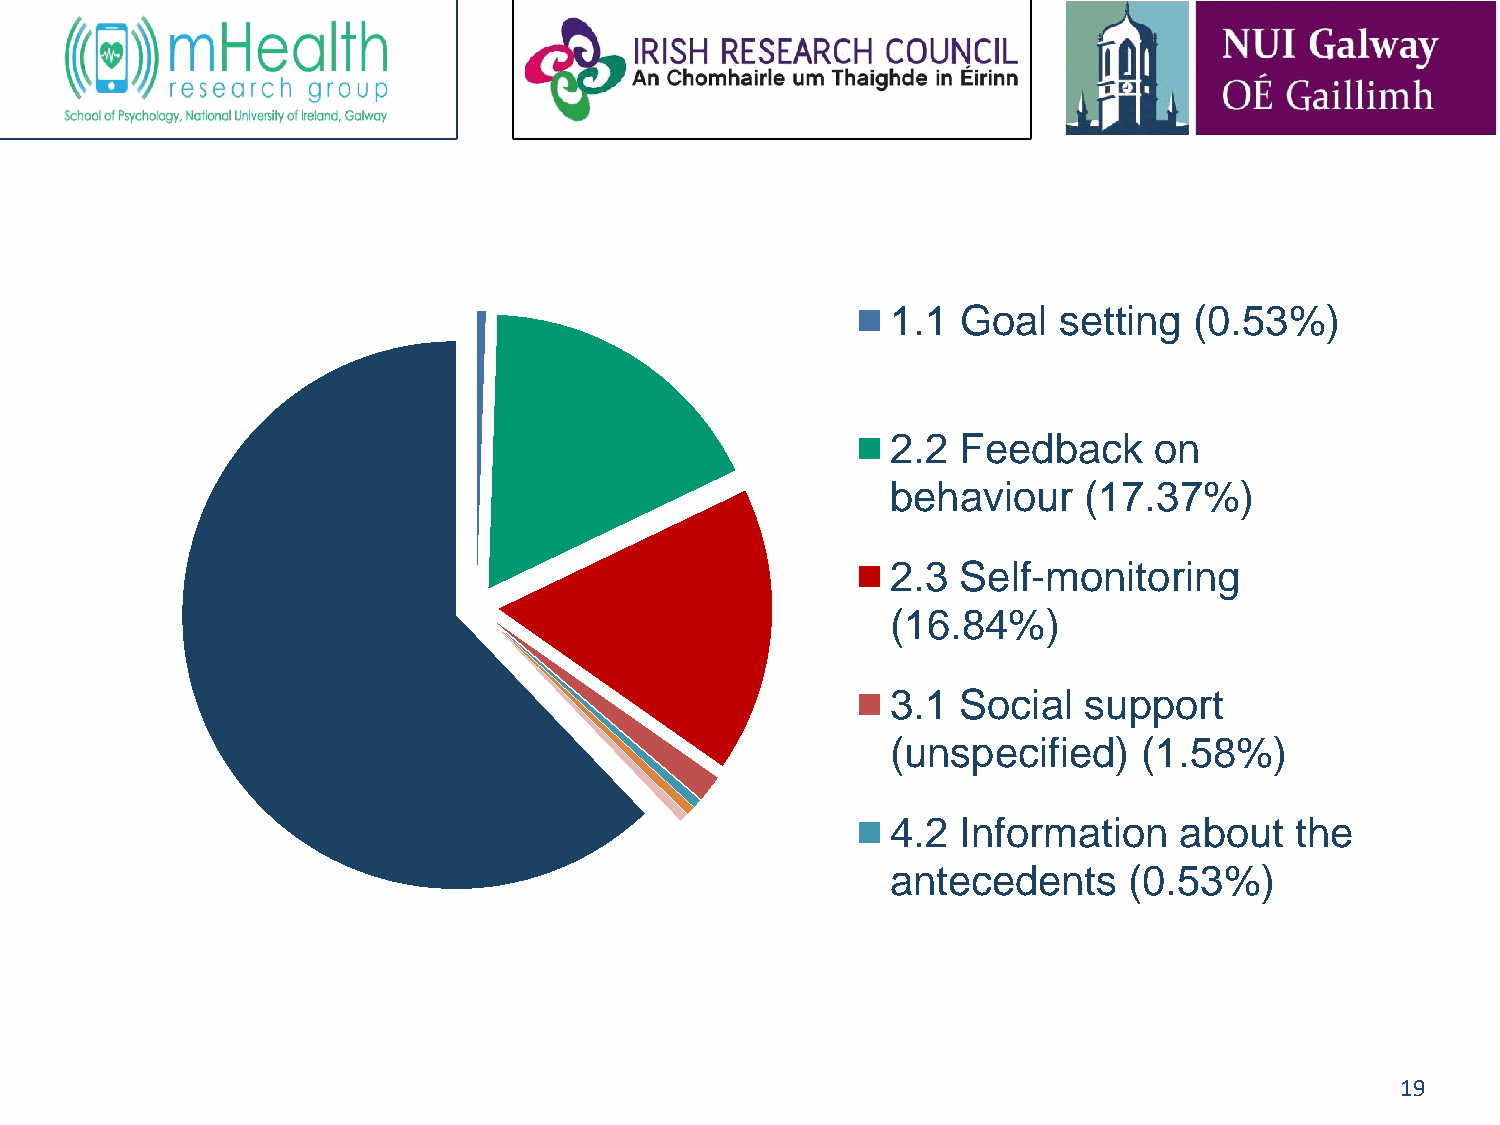
1.1  Goal  setting  (0.53%)
 2.2  Feedback    on
 behaviour    (17.37%)
 2.3  Self-monitoring
 (16.84%)
 3.1  Social  support
 (unspecified)    (1.58%)
 4.2  Information   about   the
 antecedents     (0.53%)
 19